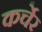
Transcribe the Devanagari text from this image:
कर्चेर